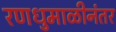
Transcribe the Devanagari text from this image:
रणधुमाळीनंतर